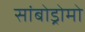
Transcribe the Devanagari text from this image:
सांबोड्रोमो